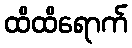
ထိထိရောက်